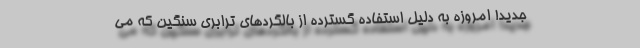
جدید! امروزه به دلیل استفاده گسترده از بالگردهای ترابری سنگین که می